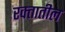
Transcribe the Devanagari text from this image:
रक्‍तातील